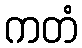
ကတံ